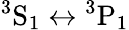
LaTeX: ^3\mathrm{S}_{1}\leftrightarrow{}^{3}\mathrm{P}_{1}